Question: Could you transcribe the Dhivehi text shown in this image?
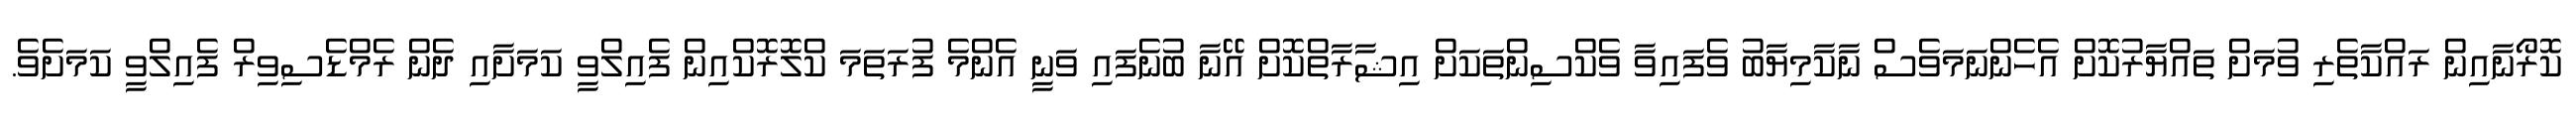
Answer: ކޮރޯނާއިން ރައްކާތެރި ވުމަށް ތައްޔާރުކޮށް އެހެންނަމަވެސް ނާކާމިޔާބު ވެފައިވާ ވެކްސިންތަކަށް އިޝާރާތްކޮށް އޭނާ ބުނެފައި ވަނީ އެންމެ ފުރަތަމަ ކްލޮރޮކްއިން ފެއިލްވީ ކަމަށާއި ދެން ރެމްޑެސިވިރް ފެއިލްވީ ކަމަށެވެ.